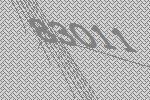
83011